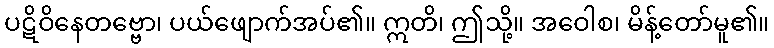
ပဋိဝိနေတဗ္ဗော၊ ပယ်ဖျောက်အပ်၏။ ဣတိ၊ ဤသို့။ အဝေါစ၊ မိန့်တော်မူ၏။